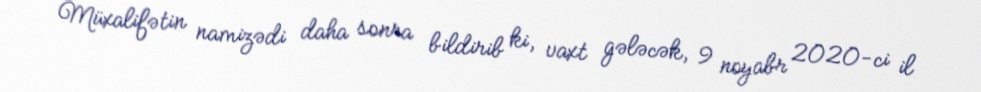
Müxalifətin namizədi daha sonra bildirib ki, vaxt gələcək, 9 noyabr 2020-ci il